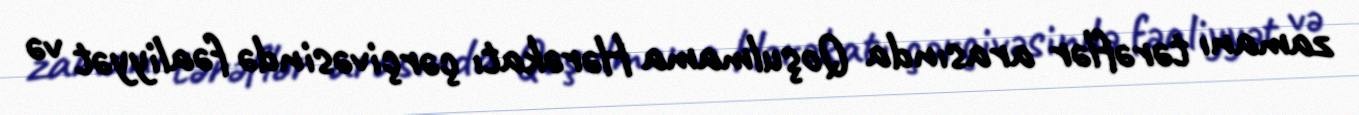
zamanı tərəflər arasında Qoşulmama Hərəkatı çərçivəsində fəaliyyət və